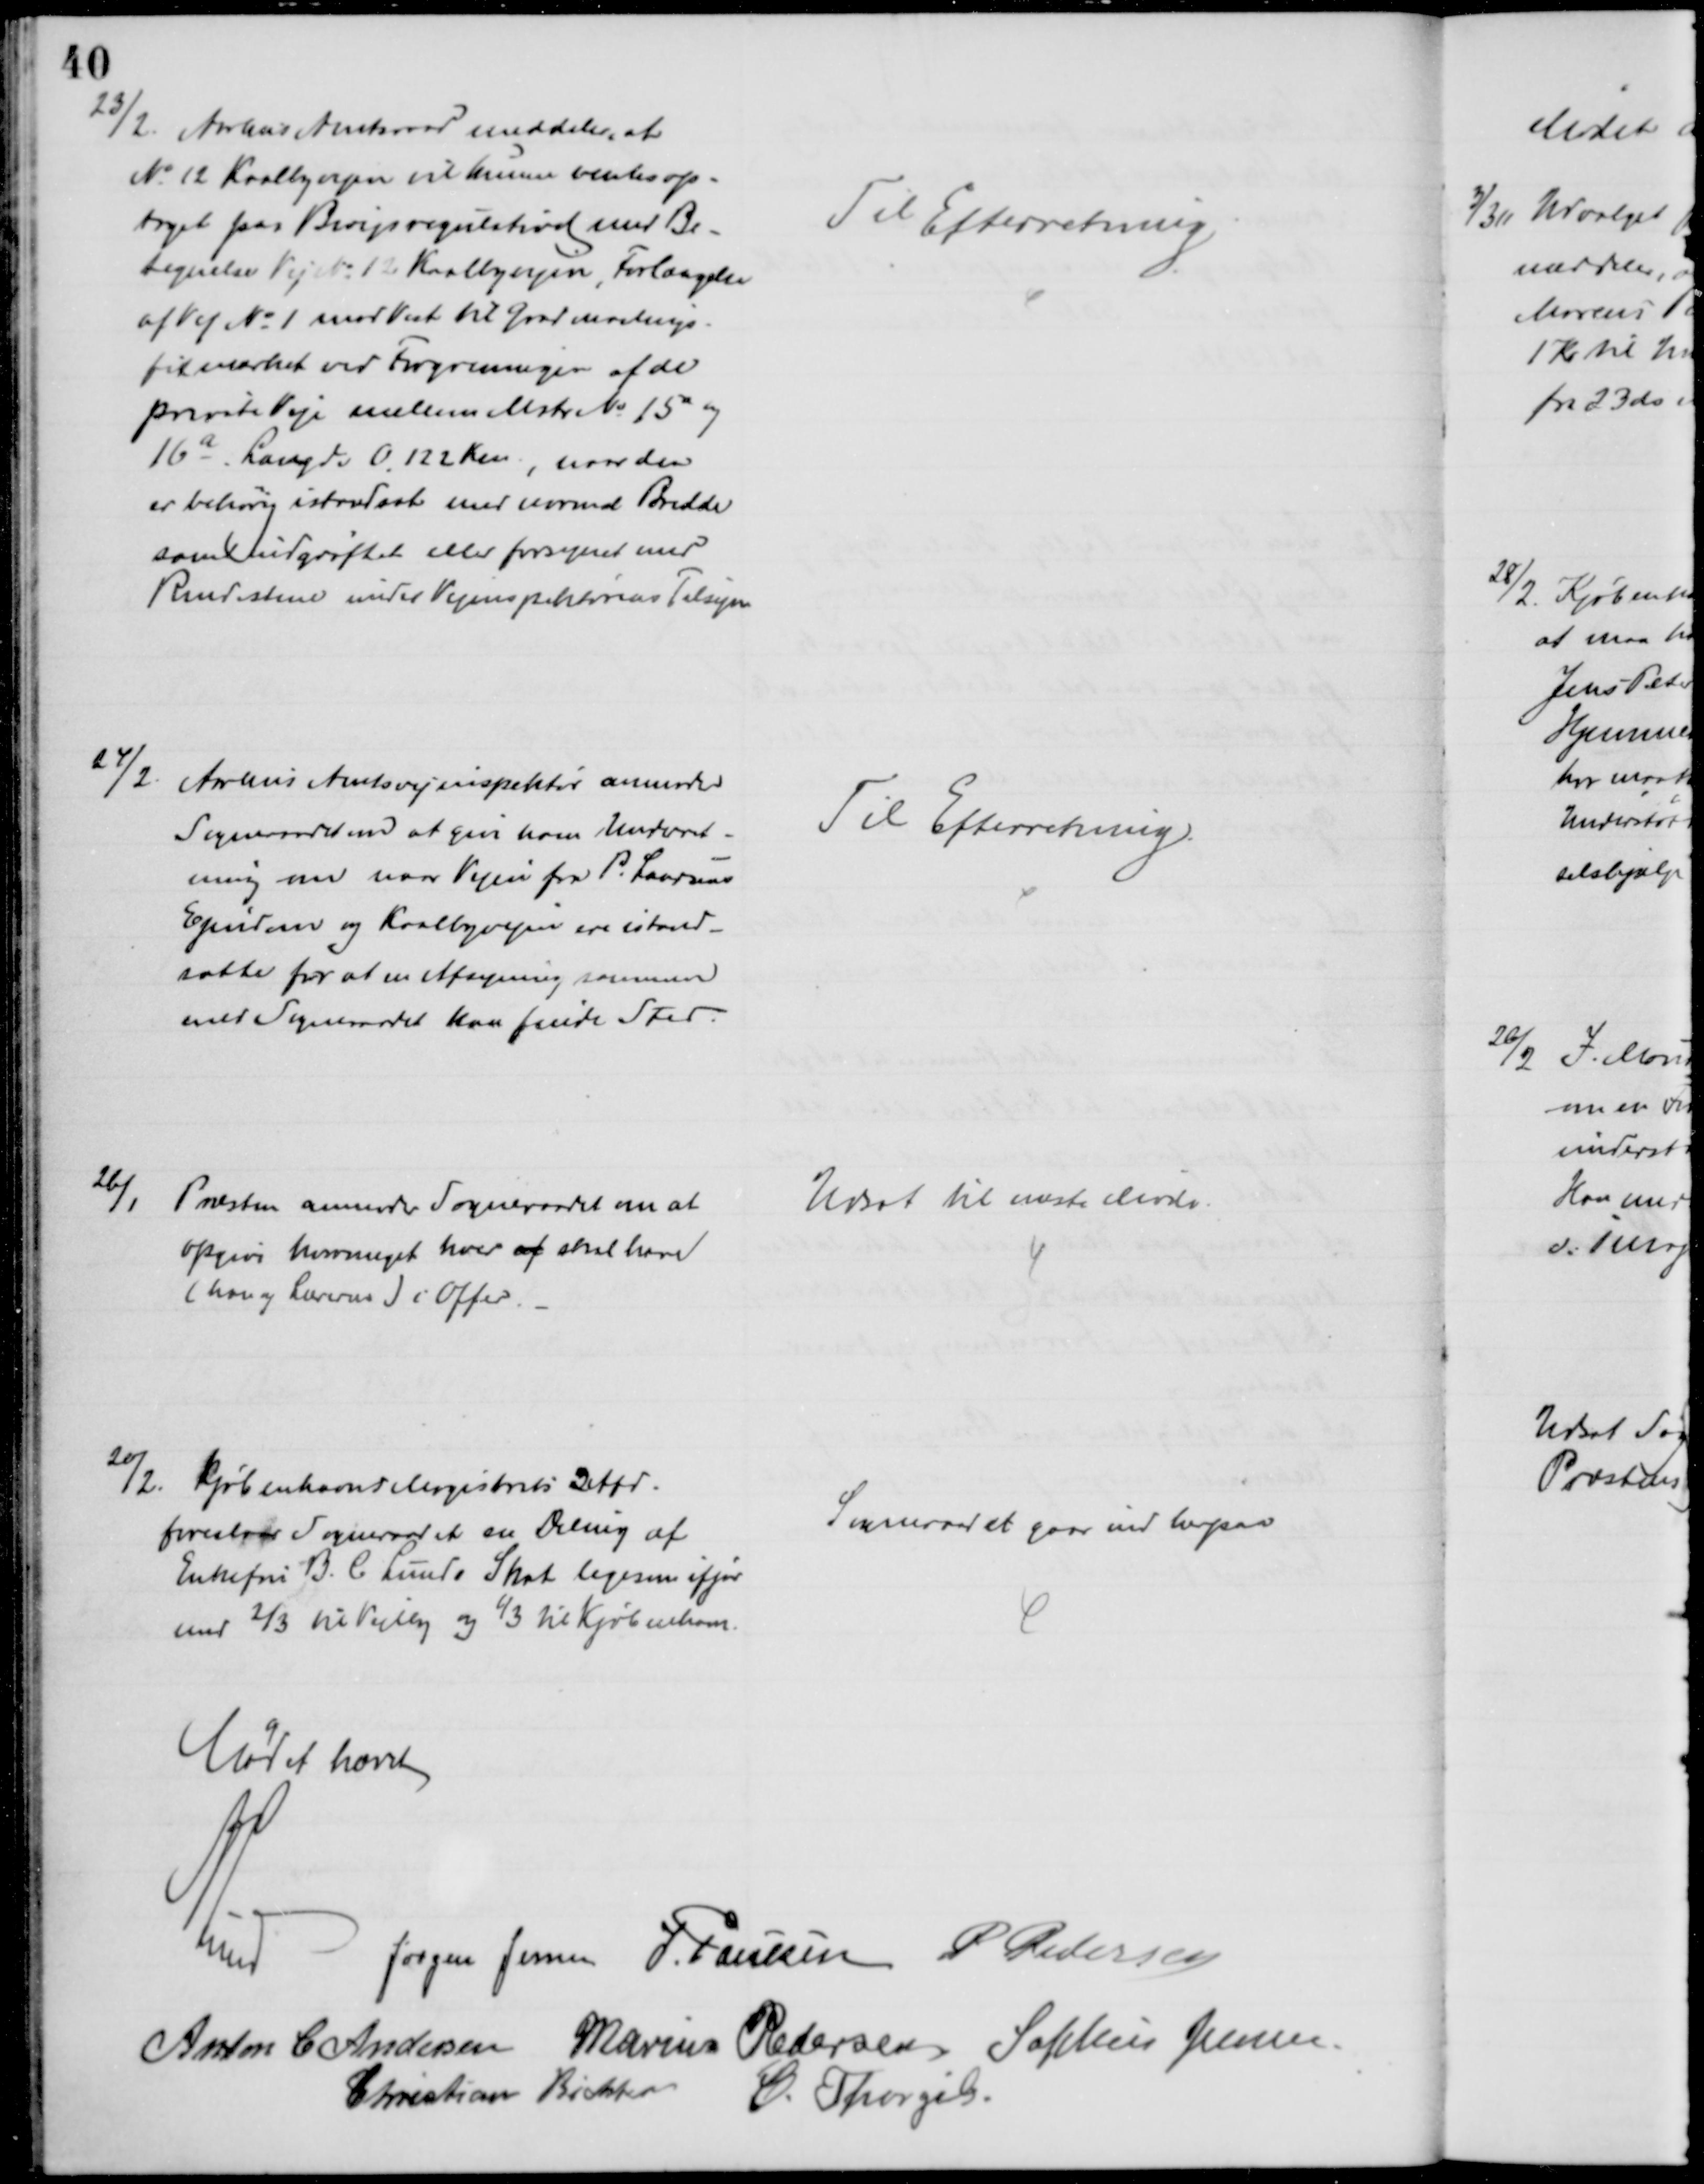
Transskription:
23/2.
Aarhus Amtsraad meddeler, at
№ 12 Kaalbyvejen vil kunne ventes op-
taget paa Bivejsregulativet med Be-
tegnelse Vej № 12. Kaalbyvejen, Forlængelse
af Vej № 1 mod Vest til Grd Mostrup-
fitmærket ved Forgreningen af de
private Veje mellem Matr. № 15a og
16a. Længde 0,122 Km., naar den
er behørig istandsat med normal Bredde
samt indgrøftet eller forsynet med
Rendestene under Vejinspektørens Tilsyn
Til Efterretning
24/2.
Århus Amtsvejinspektør anmoder
Sogneraadet om at give ham Underet-
ning om naar Vejen fra P. Laursens
Ejendom og Kaalbyvejen ere istand-
satte for at en Afsyning sammen
med Sogneraadet kan finde Sted.
Til Efterretning.
26/1
Præsten anmoder Sogneraadet om at
opgive hvormeget hver af skal have
(han og Lærerne) i Offer.
Udsat til næste Møde.
20/2. Kjøbenhavns Magistrats 2 Afd.
foreslaar Sogneraadet en Deling af
Enkefru B. C. Lunds Skat ligesom ifjor
med ⅔ til Vejlby og ⅓ til Kjøbenhavn.
Sogneraadet gaar ind herpaa
Mødet hævet
A. Lund
Jørgen Jensen J. Poulsen P. Pedersen
Anton C. Andersen Marius Pedersen Sophus Jensen
Christian Richter
C. Thorgils.